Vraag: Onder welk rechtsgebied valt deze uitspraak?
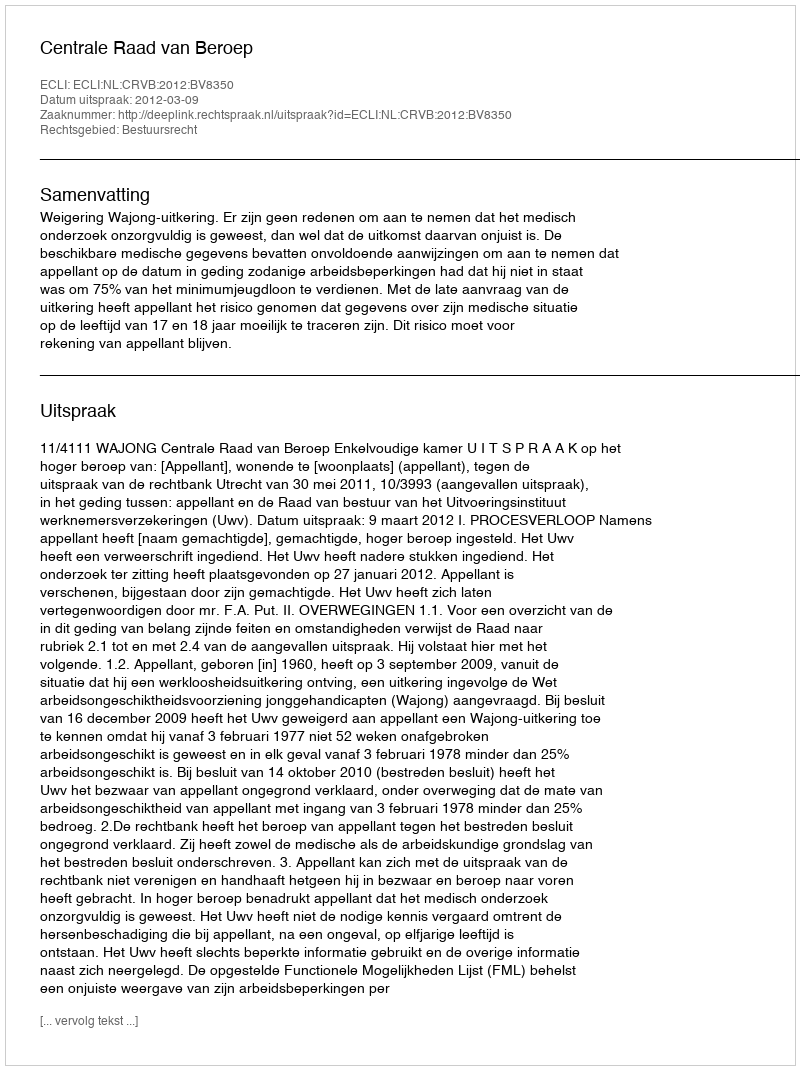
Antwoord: Bestuursrecht